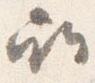
所